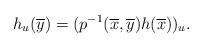
LaTeX: \begin{align*} h_u(\overline{y}) = (p^{-1}(\overline{x},\overline{y}) h(\overline{x}))_u.\end{align*}